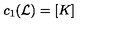
c _ { 1 } ( { \cal L } ) = \left[ K \right]